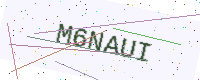
Text: M6NAUI